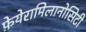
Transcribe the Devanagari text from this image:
फ़ेयेरामिलानोसिटी